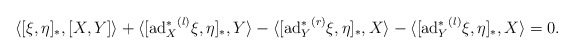
\begin{align*}&\langle [\xi,\eta]_{\ast},[X,Y]\rangle+\langle [{\mathrm{ad}_{X}^{\ast}}^{(l)}\xi,\eta]_{\ast},Y\rangle-\langle[{\mathrm{ad}_{Y}^{\ast}}^{(r)}\xi,\eta]_{\ast},X\rangle-\langle[{\mathrm{ad}_{Y}^{\ast}}^{(l)}\xi,\eta]_{\ast},X\rangle=0.\end{align*}